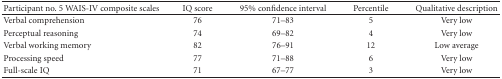
<table><thead><tr><td><b>Participant no. 5 WAIS-IV composite scales</b></td><td><b>IQ score</b></td><td><b>95% confidence interval</b></td><td><b>Percentile</b></td><td><b>Qualitative description</b></td></tr></thead><tbody><tr><td>Verbal comprehension</td><td>76</td><td>71–83</td><td>5</td><td>Very low</td></tr><tr><td>Perceptual reasoning</td><td>74</td><td>69–82</td><td>4</td><td>Very low</td></tr><tr><td>Verbal working memory</td><td>82</td><td>76–91</td><td>12</td><td>Low average</td></tr><tr><td>Processing speed</td><td>77</td><td>71–88</td><td>6</td><td>Very low</td></tr><tr><td>Full-scale IQ</td><td>71</td><td>67–77</td><td>3</td><td>Very low</td></tr></tbody></table>